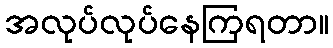
အလုပ်လုပ်နေကြရတာ။